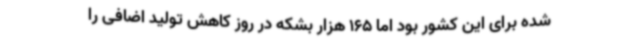
شده برای این کشور بود اما 165 هزار بشکه در روز کاهش تولید اضافی را